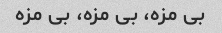
بی مزه، بی مزه، بی مزه